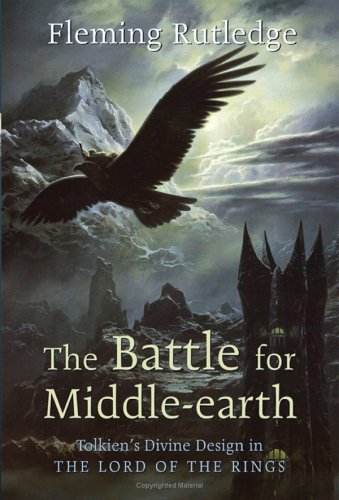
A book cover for The Battle for Middle-earth: Tolkien's Divine Design in The Lord of the Rings; Fleming Rutledge; Science Fiction & Fantasy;